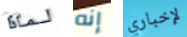
لماذا إنه لإخباري